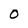
Character: O